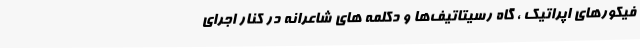
فیکورهای اپراتیک ، گاه رسیتاتیف‌ها و دکلمه های شاعرانه در کنار اجرای